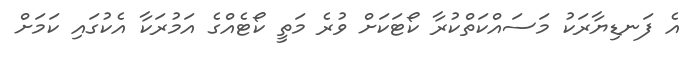
އެ ފަނޑިޔާރަކު މަސައްކަތްކުރާ ކޯޓަކަށް ވުރެ މަތީ ކޯޓެއްގެ އަމުރަކާ އެކުގައި ކަމަށް